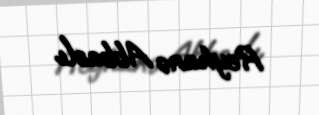
Reyhanə Abbaslı